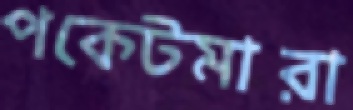
পকেটমারা